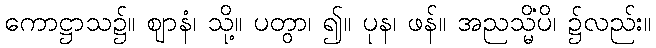
ကောဋ္ဌာသ၌။ ဈာနံ၊ သို့။ ပတွာ၊ ၍။ ပုန၊ ဖန်။ အညသ္မိံပိ၊ ၌လည်း။